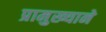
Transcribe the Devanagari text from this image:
प्रामुख्‍याने